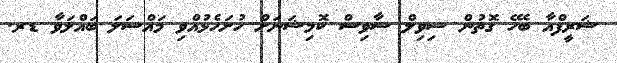
ޝަރީފްއާ ބެހޭ ގޮތުން ސިވިލް ސާވިސް ކޮމިޝަނަށް ހުށަހެޅުއްވި މައްސަލަ ބައްލަވާ ޑރ.